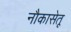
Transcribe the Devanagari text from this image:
नौकासेतू